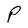
Character: P